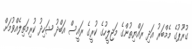
ގުރޫޕުގެ މެމްބަރު އަދި ރައްޔިތުންގެ މަޖިލީހުގެ ކުރީގެ ރައީސް އަބްދު ޝަހިދު ކުރިމަތިލެއްވުމަށް